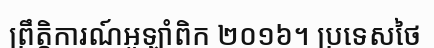
ព្រឹត្តិការណ៍អូឡាំពិក ២០១៦។ ប្រទេសថៃ